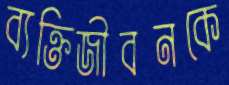
ব্যক্তিজীবনকে